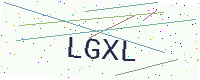
Text: LGXL